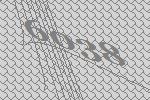
6038